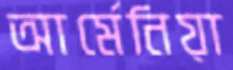
আর্মেনিয়া